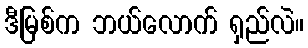
ဒီမြစ်က ဘယ်လောက် ရှည်လဲ။